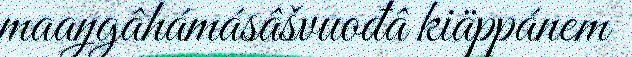
maaŋgâhámásâšvuođâ kiäppánem